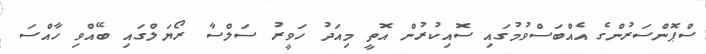
ސްޕޮންސަރުންގެ އެއްބަސްވުމުގައި ސޮއިކުރުން އޮތީ މިއަދު ހަވީރު ސަލްސާ ރޯޔަލްގައި ބޭއްވި ހާއްސަ